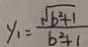
y _ { 1 } = \frac { \sqrt { b ^ { 2 } + 1 } } { b ^ { 2 } + 1 }